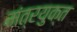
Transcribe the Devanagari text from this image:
मंत्रयुक्त